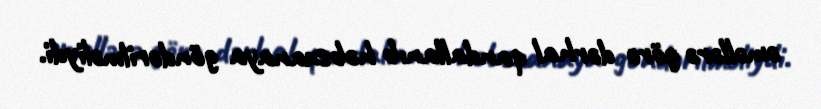
əməllərə görə dərhal qandallanıb həbsxanaya göndərilməliydi.